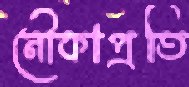
নৌকাপ্রতি